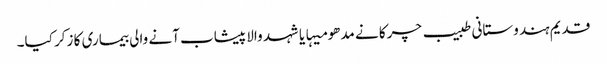
قدیم ہندوستانی طبیب چرکا نے مدھو میہا یا شہد والا پیشاب آنے والی بیماری کا زکر کیا۔